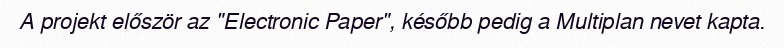
A projekt először az "Electronic Paper", később pedig a Multiplan nevet kapta.